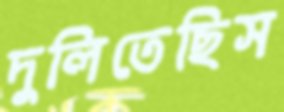
দুলিতেছিস